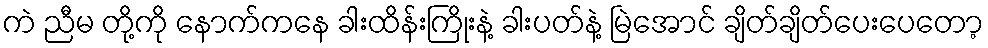
ကဲ ညီမ တို့ကို နောက်ကနေ ခါးထိန်းကြိုးနဲ့ ခါးပတ်နဲ့ မြဲအောင် ချိတ်ချိတ်ပေးပေတော့